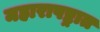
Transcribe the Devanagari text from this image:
महारापष्ट्रात